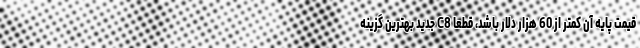
قیمت پایه آن کمتر از 60 هزار دلار باشد، قطعا C8 جدید بهترین گزینه